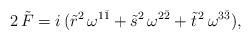
LaTeX: \begin{align*}2\,\tilde{F}=i\,(\tilde{r}^2\,\omega^{1\bar1}+\tilde{s}^2\,\omega^{2\bar2}+\tilde{t}^{\,2}\,\omega^{3\bar3}),\end{align*}